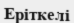
Еріткелі